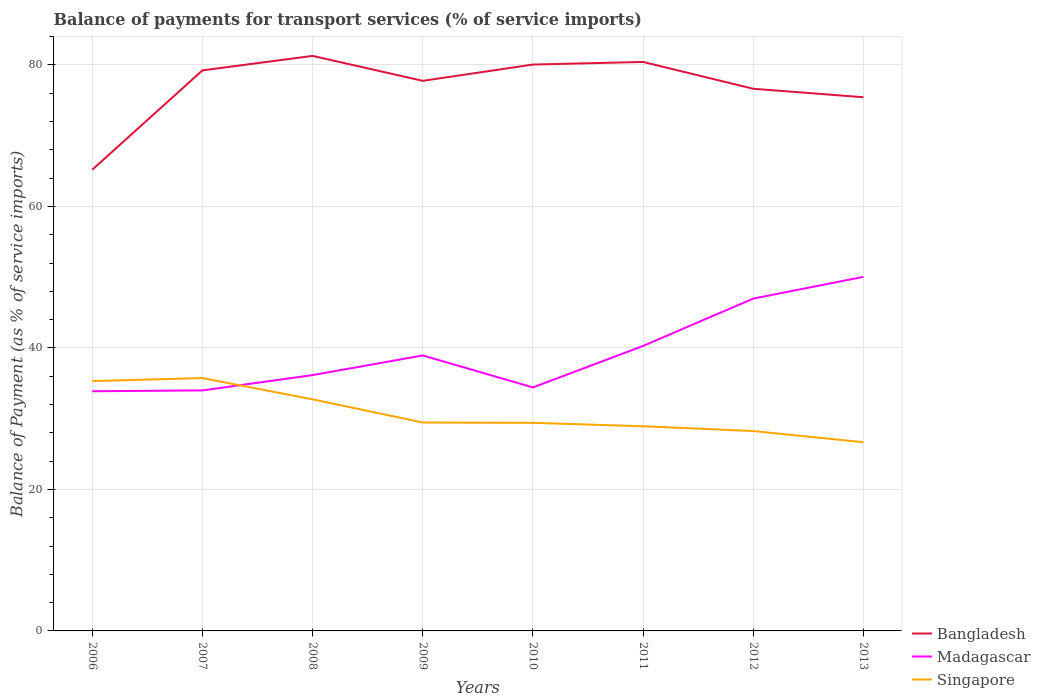
| Years | Bangladesh | Madagascar | Singapore |
 | --- | --- | --- | --- |
 | 2006 | 65.2 | 33.9 | 35.3 |
 | 2007 | 79.2 | 34 | 35.7 |
 | 2008 | 81.3 | 36.2 | 32.7 |
 | 2009 | 77.8 | 38.9 | 29.5 |
 | 2010 | 80.1 | 34.4 | 29.4 |
 | 2011 | 80.4 | 40.3 | 28.9 |
 | 2012 | 76.6 | 47 | 28.3 |
 | 2013 | 75.4 | 50 | 26.7 |